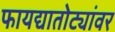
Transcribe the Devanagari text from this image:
फायद्यातोट्यांवर